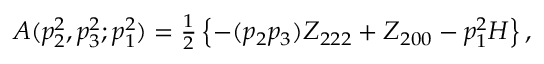
A ( p _ { 2 } ^ { 2 } , p _ { 3 } ^ { 2 } ; p _ { 1 } ^ { 2 } ) = { \textstyle { \frac { 1 } { 2 } } } \left\{ - ( p _ { 2 } p _ { 3 } ) Z _ { 2 2 2 } + Z _ { 2 0 0 } - p _ { 1 } ^ { 2 } H \right\} ,